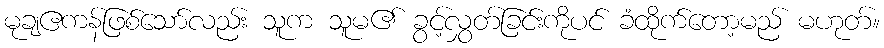
မုချဧကန်ဖြစ်သော်လည်း သူက သူမ၏ ခွင့်လွှတ်ခြင်းကိုပင် ခံထိုက်တော့မည် မဟုတ်။